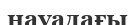
науадағы